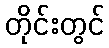
တိုင်းတွင်